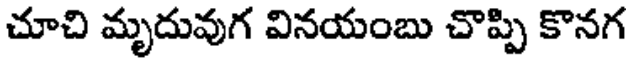
చూచి మృదువుగ వినయంబు చొప్పి కొనగ